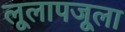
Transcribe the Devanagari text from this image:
लूलापजूला